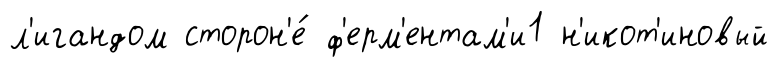
л'игандом сторон'е́ ф'ерм'ентам'и1 н'икот'иновый